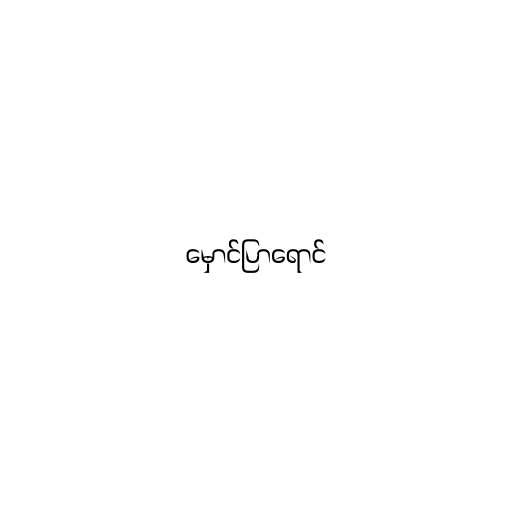
မှောင်ပြာရောင်